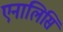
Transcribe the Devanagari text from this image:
एनालिसि